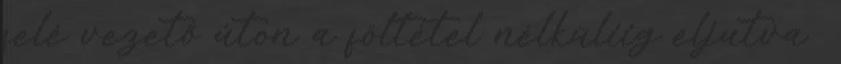
felé vezető úton a föltétel nélküliig eljutva